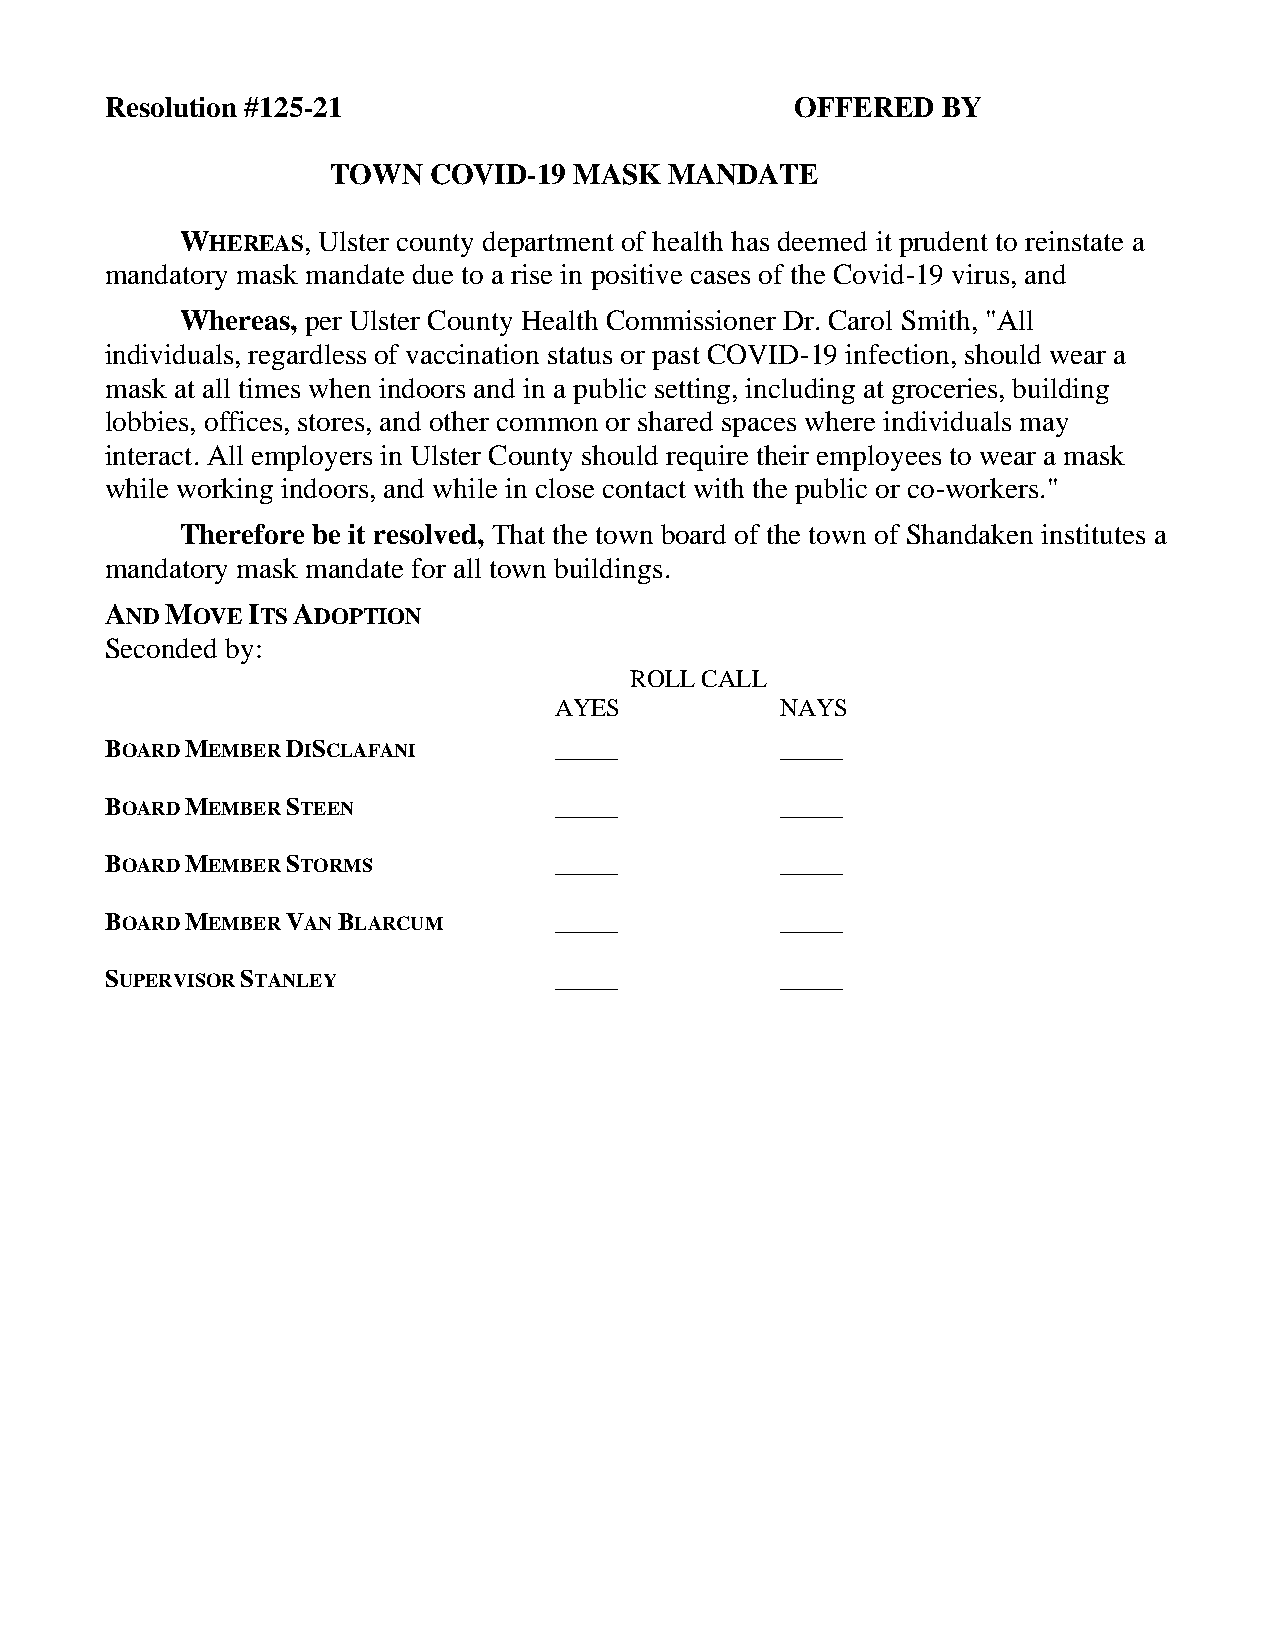
Resolution #125-21                            OFFERED  BY
 TOWN  COVID-19  MASK  MANDATE
 WHEREAS, Ulster county department of health has deemed it prudent to reinstate a
 mandatory mask mandate due to a rise in positive cases of the Covid-19 virus, and
 Whereas, per Ulster County Health Commissioner Dr. Carol Smith, "All
 individuals, regardless of vaccination status or past COVID-19 infection, should wear a
 mask at all times when indoors and in a public setting, including at groceries, building
 lobbies, offices, stores, and other common or shared spaces where individuals may
 interact. All employers in Ulster County should require their employees to wear a mask
 while working indoors, and while in close contact with the public or co-workers."
 Therefore be it resolved, That the town board of the town of Shandaken institutes a
 mandatory mask mandate for all town buildings.
 AND MOVE ITS ADOPTION
 Seconded by:
 ROLL CALL
 AYES           NAYS
 BOARD MEMBER DISCLAFANI       _____          _____
 BOARD MEMBER STEEN            _____          _____
 BOARD MEMBER STORMS           _____          _____
 BOARD MEMBER VAN BLARCUM      _____          _____
 SUPERVISOR STANLEY            _____          _____